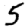
Digit: 5